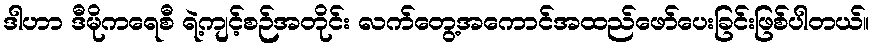
ဒါဟာ ဒီမိုကရေစီ ရဲ့ကျင့်စဉ်အတိုင်း လက်တွေ့အကောင်အထည်ဖော်ပေးခြင်းဖြစ်ပါတယ်။